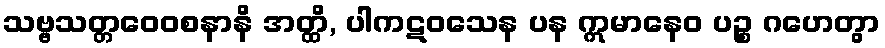
သဗ္ဗသတ္တဝေဝစနာနိ အတ္ထိ, ပါကဋဝသေန ပန ဣမာနေဝ ပဉ္စ ဂဟေတွာ